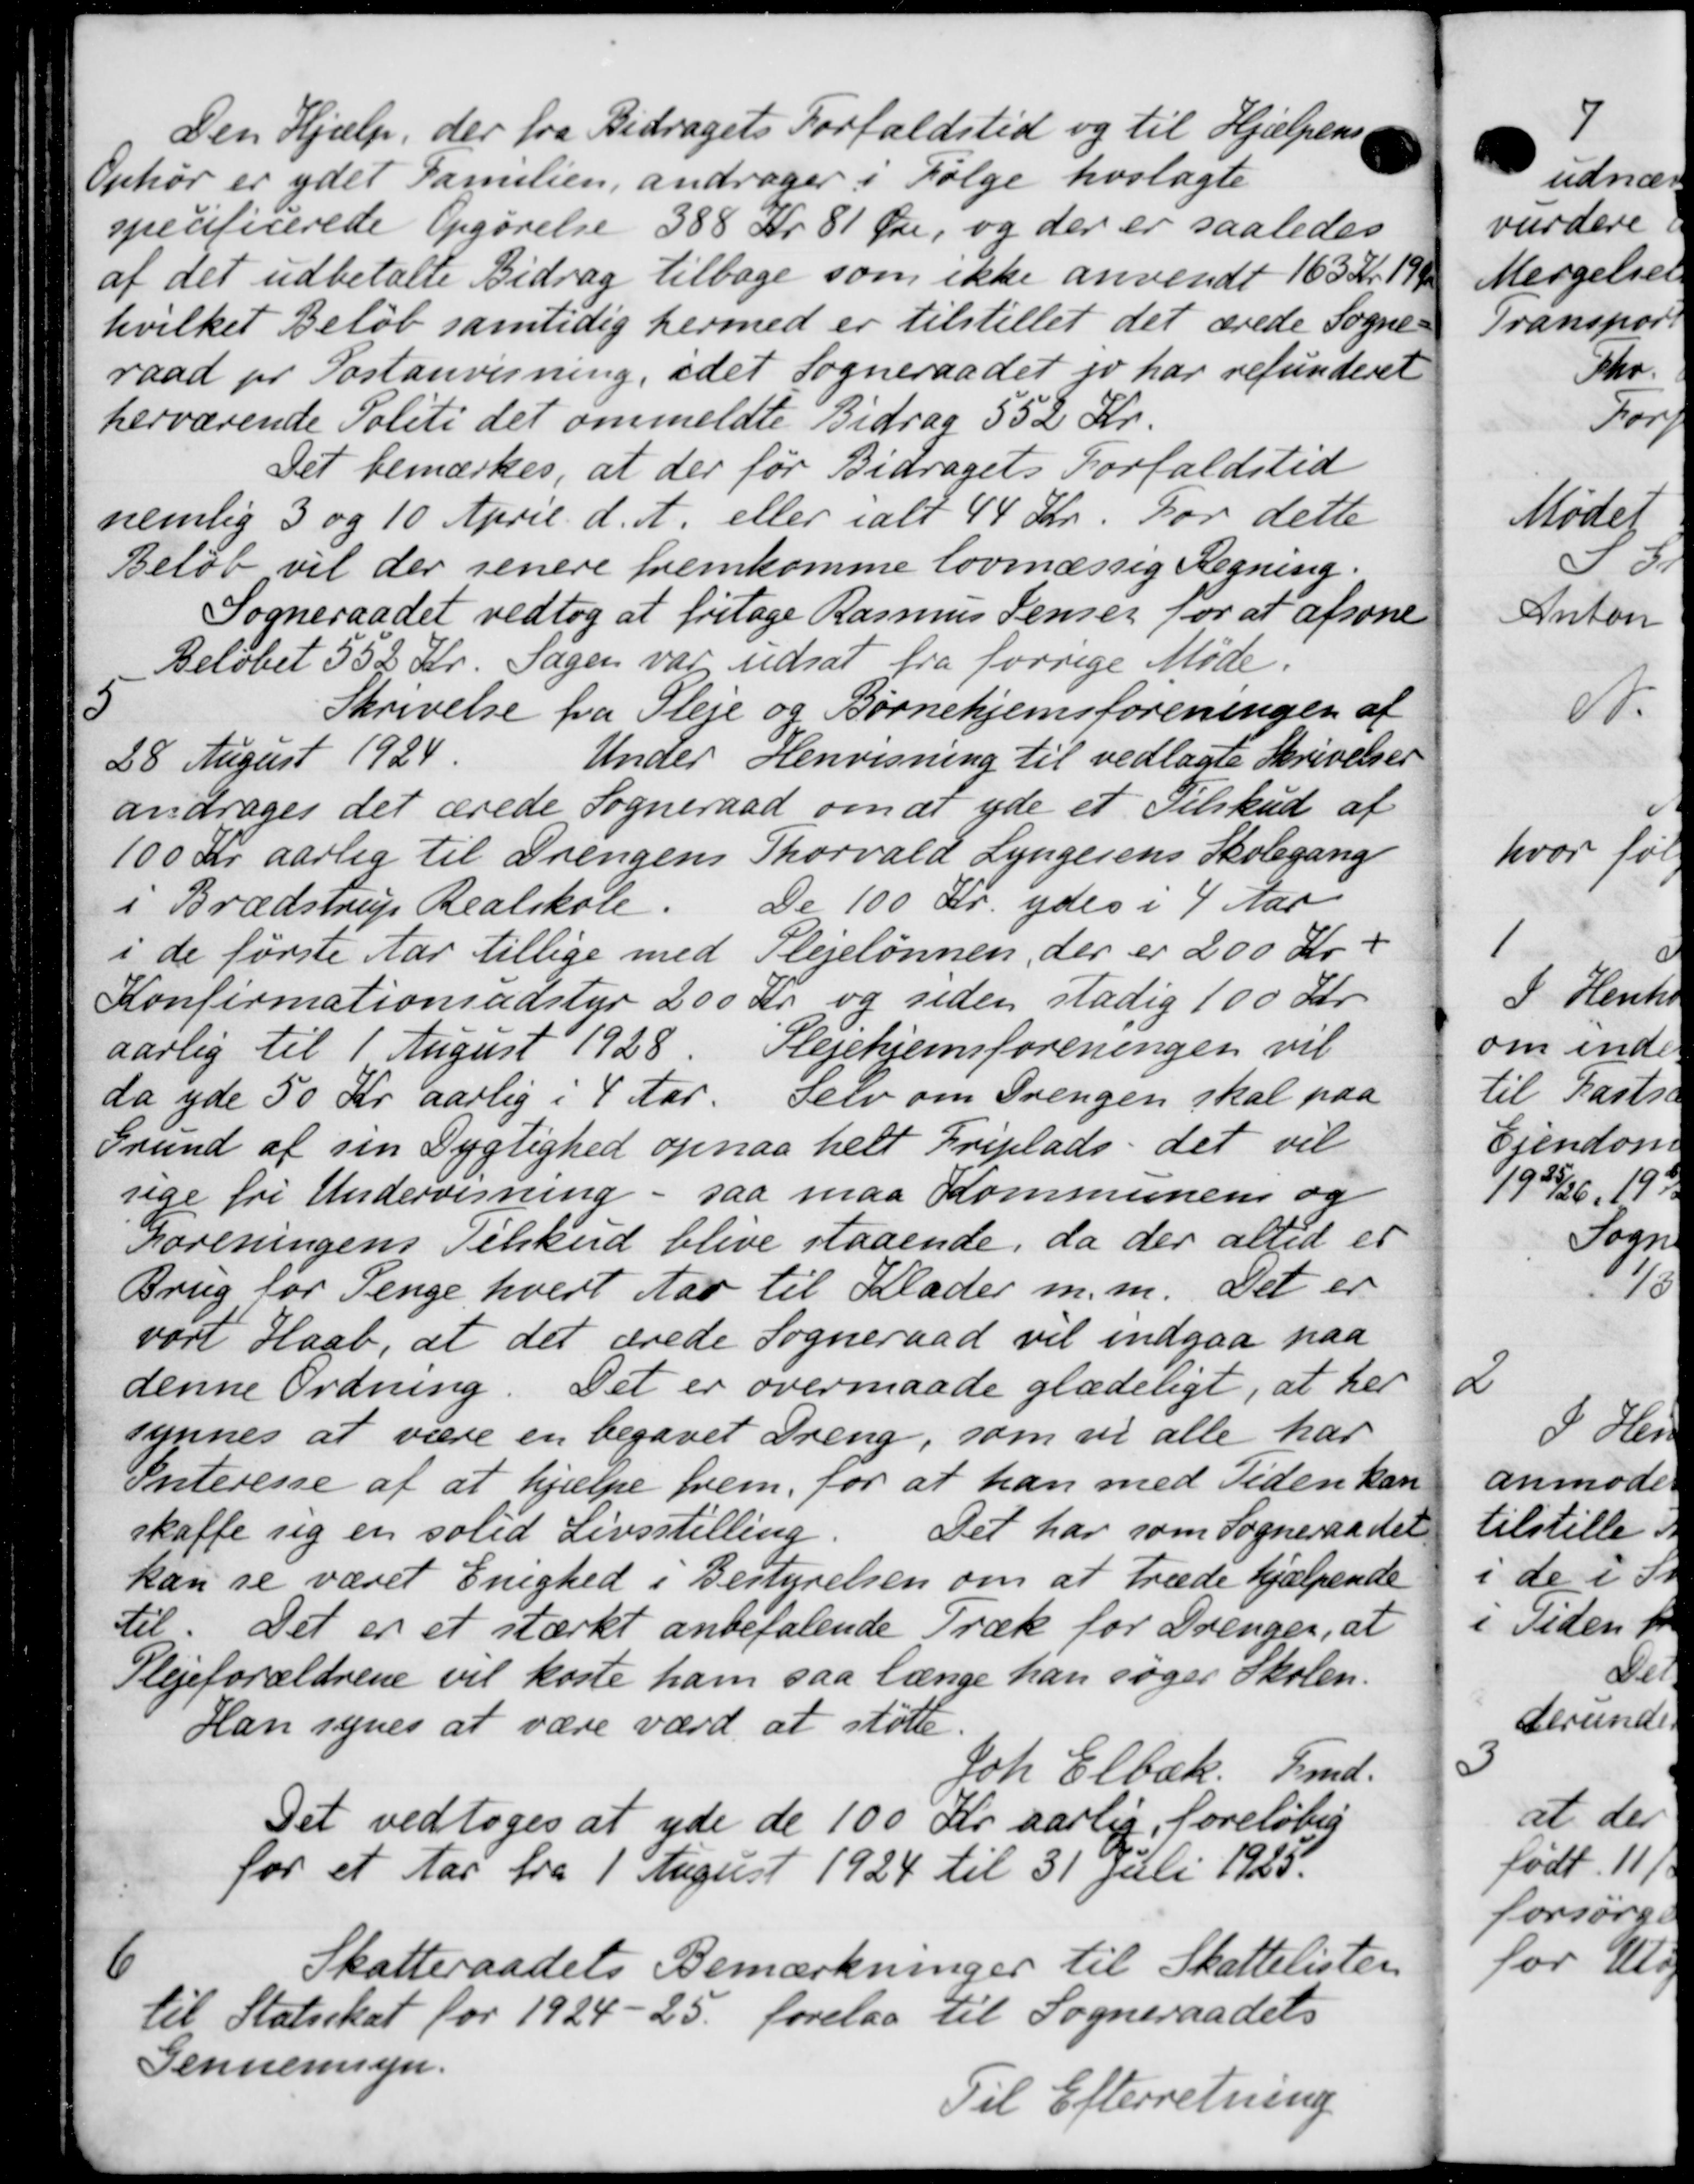
Transskription:
Den Hjælp, der fra Bidragets Forfaldstid og til Hjælpens
Ophør er ydet Familien, andrager i Følge hoslagte
specificerede Opgørelse 388 Kr. 81 Øre, og der er saaledes
af det udbetalte Bidrag tilbage som ikke anvendt 163 Kr. 1900
hvilket Beløb samtidig hermed er tilstillet det ærede Sogne-
raad pr Postanvisning, idet Sogneraadet jo har refunderet
herværende Politi det ommeldte Bidrag 552 Kr.
Det bemærkes, at der for Bidragets Forfaldstid
nemlig 3 og 10 April d. A. eller ialt 44 Kr. For dette
Beløb vil der senere fremkomme lovmæssig Regning.
Sogneraadet vedtog at fritage Rasmus Jensen for at afsone
Beløbet 552 Kr. Sagen var udsat fra forrige Møde.
5
Skrivelse fra Pleje og Børnehjemsforeningen af
28 August 1924.
Under Henvisning til vedlagte Skrivelser
andrages det ærede Sogneraad om at yde et Tilskud af
100 Kr aarlig til Drengens Thorvald Lyngesens Skolegang
i Brædstrup Realskole.
De 100 Kr. ydes i 4 Aar
i de første Aar tillige med Plejelønnen, der er 200 Kr +
Konfirmationsudstyr 200 Kr. og siden stadig 100 Kr.
aarlig til 1 August 1928. Plejehjemsforeningen vil
da yde 50 Kr aarlig i 4 Aar. Selv om Grengen skal paa
Grund af sin Dygtighed opnaa helt Friplads det vil
rige fri Undervisning - saa maa Kommunens og
Foreningens Tilskud blive staaende, da der altid er
Brug for Senge hvert Aar til Klader m.m. Det er
vært Haab, at det ærede Sogneraad vil indgaa paa
denne Ordning. Det er overmaade glædeligt, at her
synnes at være en begavet Dreng, som en alle har
Interesse af at hjælpe frem for at han med Tiden kan
Det har som Sogneraadet
skaffe sig er solid Livsstilling.
kan se været Enighed i Bestyrelsen om at træde hjælpende
til. Det er et stærkt anbefalende Træk for Drenges, at
Plejeforældrene vil koste ham saa længe han søger Skolen.
Han synes at være værd, at støtte.
Joh. Elbæk. Fmd.
Det vedtoges at yde de 100 Kr. aarlig, foreløbig
for et Aar fra 1 August 1924 til 31 Juli 1925.
6
Skatteraadets Bemærkninger til Skattelisten
til Statsskat for 1924-25 forelaa til Sogneraadets
Gennemsyn.
Til Efterretning